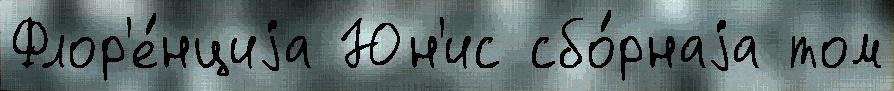
Флор'е́нциjа Юн'ис сбо́рнаjа том